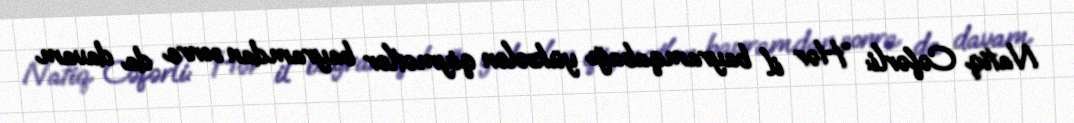
Natiq Cəfərli: “Hər il bayramqabağı yüksələn qiymətlər bayramdan sonra da davam